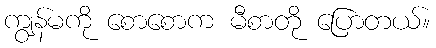
ကျွန်မကို စောစောက မီစာတို ပြောတယ်။